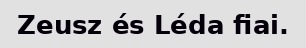
Zeusz és Léda fiai.